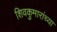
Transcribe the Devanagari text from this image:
शिवकुमारांच्या